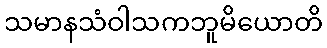
သမာနသံဝါသကဘူမိယောတိ